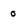
Character: 0